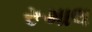
રૂમાલ